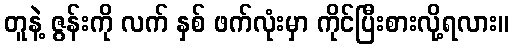
တူနဲ့ ဇွန်းကို လက် နှစ် ဖက်လုံးမှာ ကိုင်ပြီးစားလို့ရလား။